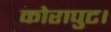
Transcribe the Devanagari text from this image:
कोरापुट।